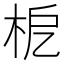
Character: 𣐖